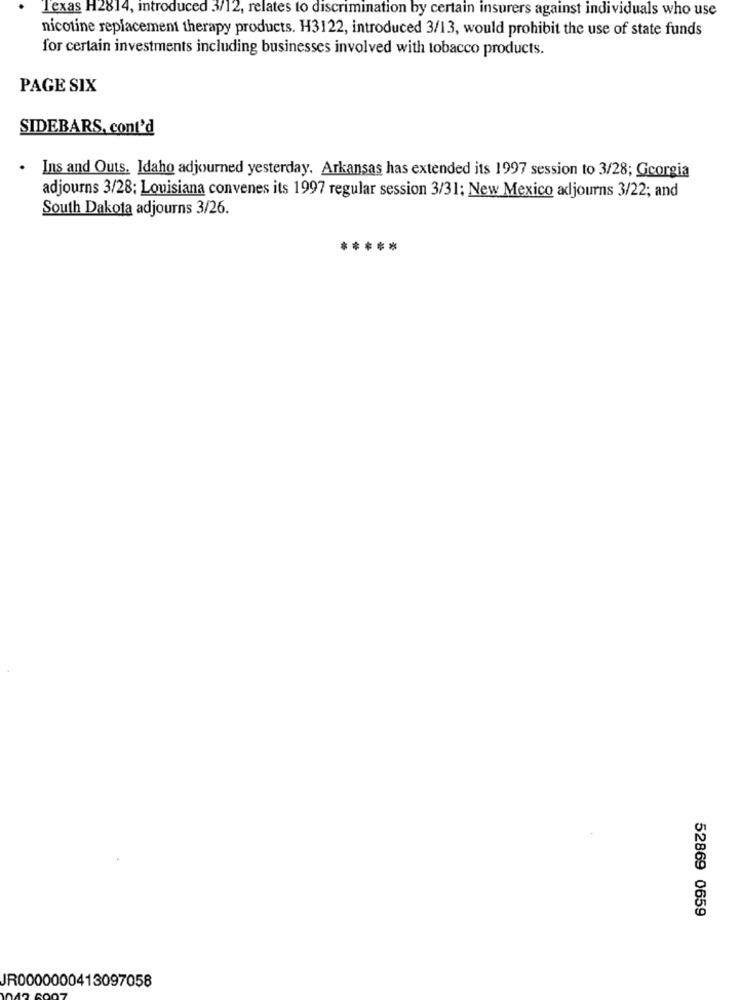
Texas H2814, introduced 3/12, relates to discrimination by certain insurers against individuals who use
nicotine replacement therapy products. H3122, introduced 3/13, would prohibit the use of state funds
for certain investments including businesses involved with tobacco products.
PAGE SIX
SIDEBARS, cont'd
.
Ins and Outs, Idaho adjourned yesterday. Arkansas has extended its 1997 session to 3/28; Georgia
adjourns 3/28; Louisiana convenes its 1997 regular session 3/31; New Mexico adjourns 3/22; and
South Dakota adjourns 3/26.
****
52869 0659
JR0000000413097058